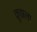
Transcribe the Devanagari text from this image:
क्रूझला